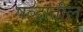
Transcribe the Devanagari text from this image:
षब्दांतील